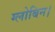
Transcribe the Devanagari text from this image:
ग्लोबिन।